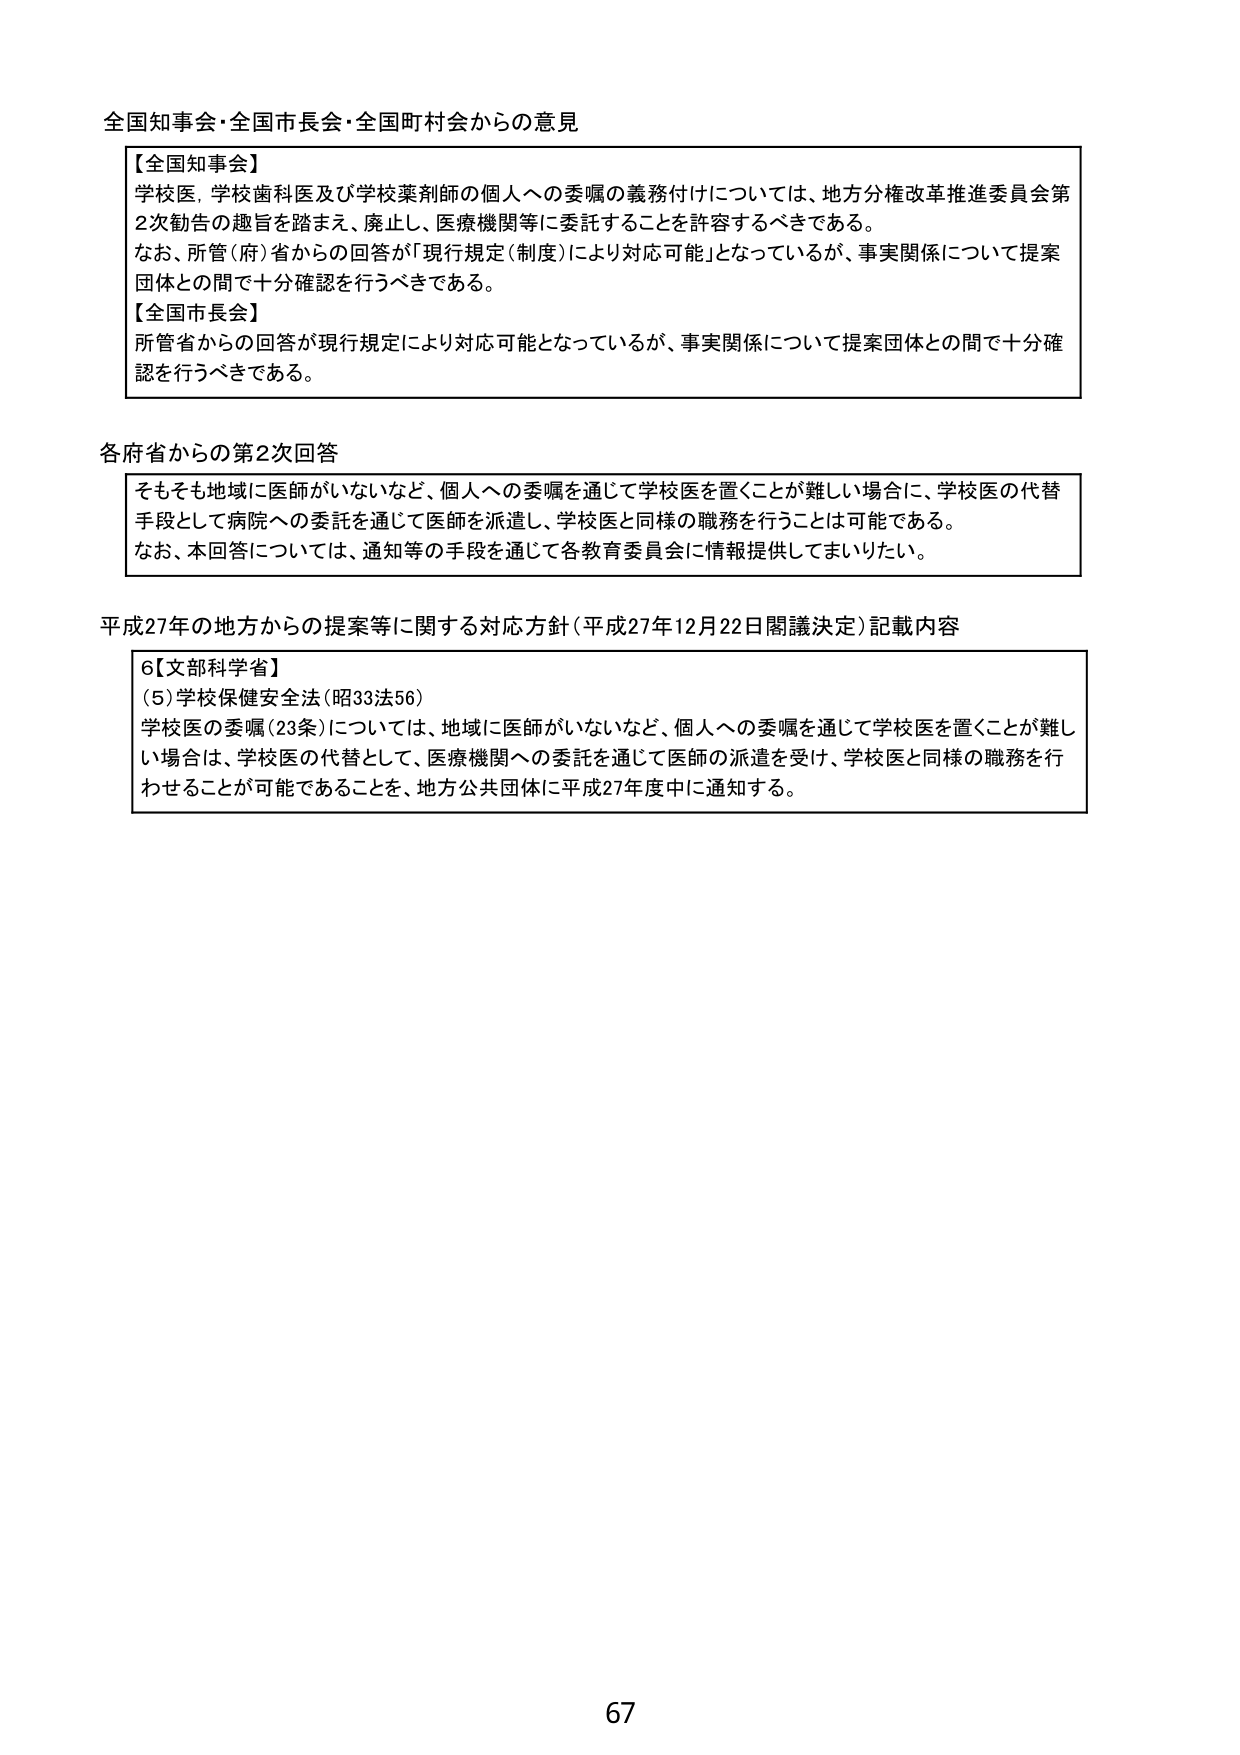
全国知事会・全国市長会・全国町村会からの意見

【全国知事会】
学校医、学校歯科医及び学校薬剤師の個人への委嘱の義務付けについては、地方分権改革推進委員会第2次勧告の趣旨を踏まえ、廃止し、医療機関等に委託することを許容するべきである。
なお、所管（府）省からの回答が「現行規定（制度）により対応可能」となっているが、事実関係について提案団体との間で十分確認を行うべきである。

【全国市長会】
所管省からの回答が現行規定により対応可能となっているが、事実関係について提案団体との間で十分確認を行うべきである。

各府省からの第2次回答
そもそも地域に医師がいないなど、個人への委嘱を通じて学校医を置くことが難しい場合に、学校医の代替手段として病院への委託を通じて医師を派遣し、学校医と同様の職務を行うことは可能である。
なお、本回答については、通知等の手段を通じて各教育委員会に情報提供してまいりたい。

平成27年の地方からの提案等に関する対応方針（平成27年12月22日閣議決定）記載内容
6【文部科学省】
（5）学校保健安全法（昭33法56）
学校医の委嘱（23条）については、地域に医師がいないなど、個人への委嘱を通じて学校医を置くことが難しい場合は、学校医の代替として、医療機関への委託を通じて医師の派遣を受け、学校医と同様の職務を行わせることが可能であることを、地方公共団体に平成27年度中に通知する。

67